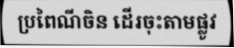
ប្រពៃណីចិន ដើរចុះតាមផ្លូវ